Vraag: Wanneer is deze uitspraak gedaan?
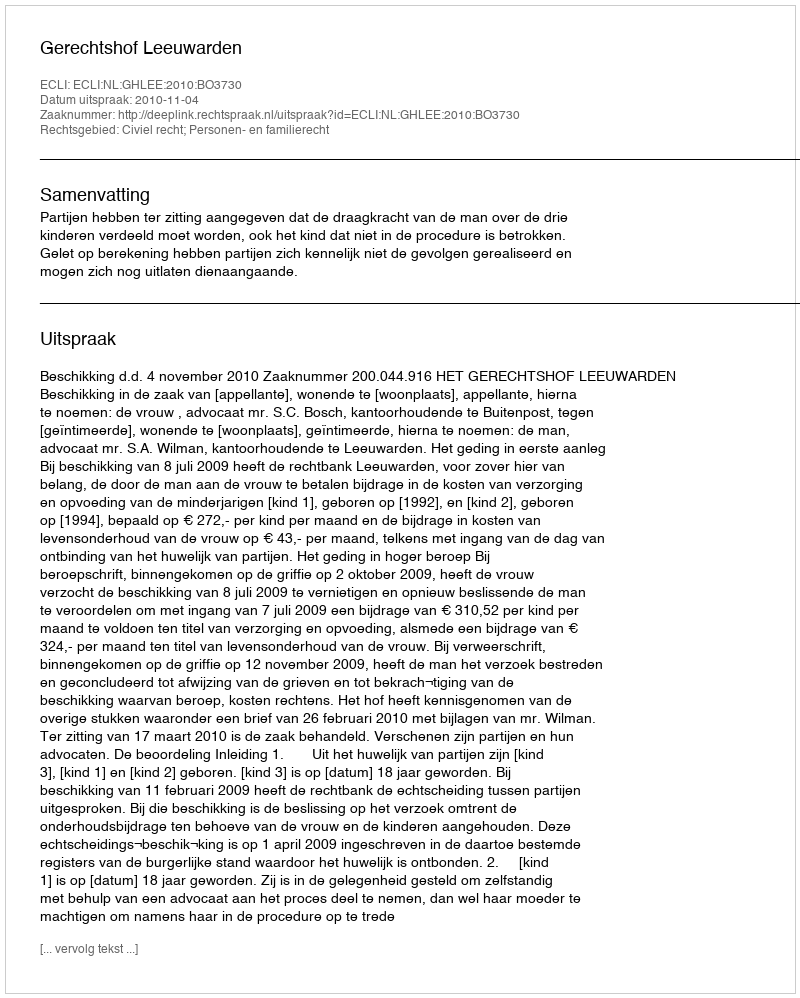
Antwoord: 2010-11-04